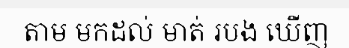
តាម មកដល់ មាត់ របង ឃើញ